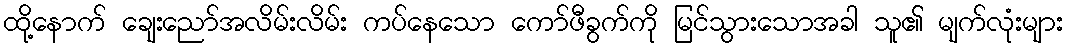
ထို့နောက် ချေးညော်အလိမ်းလိမ်း ကပ်နေသော ကော်ဖီခွက်ကို မြင်သွားသောအခါ သူ၏ မျက်လုံးများ